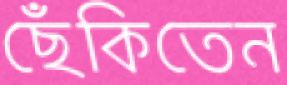
ছেঁকিতেন